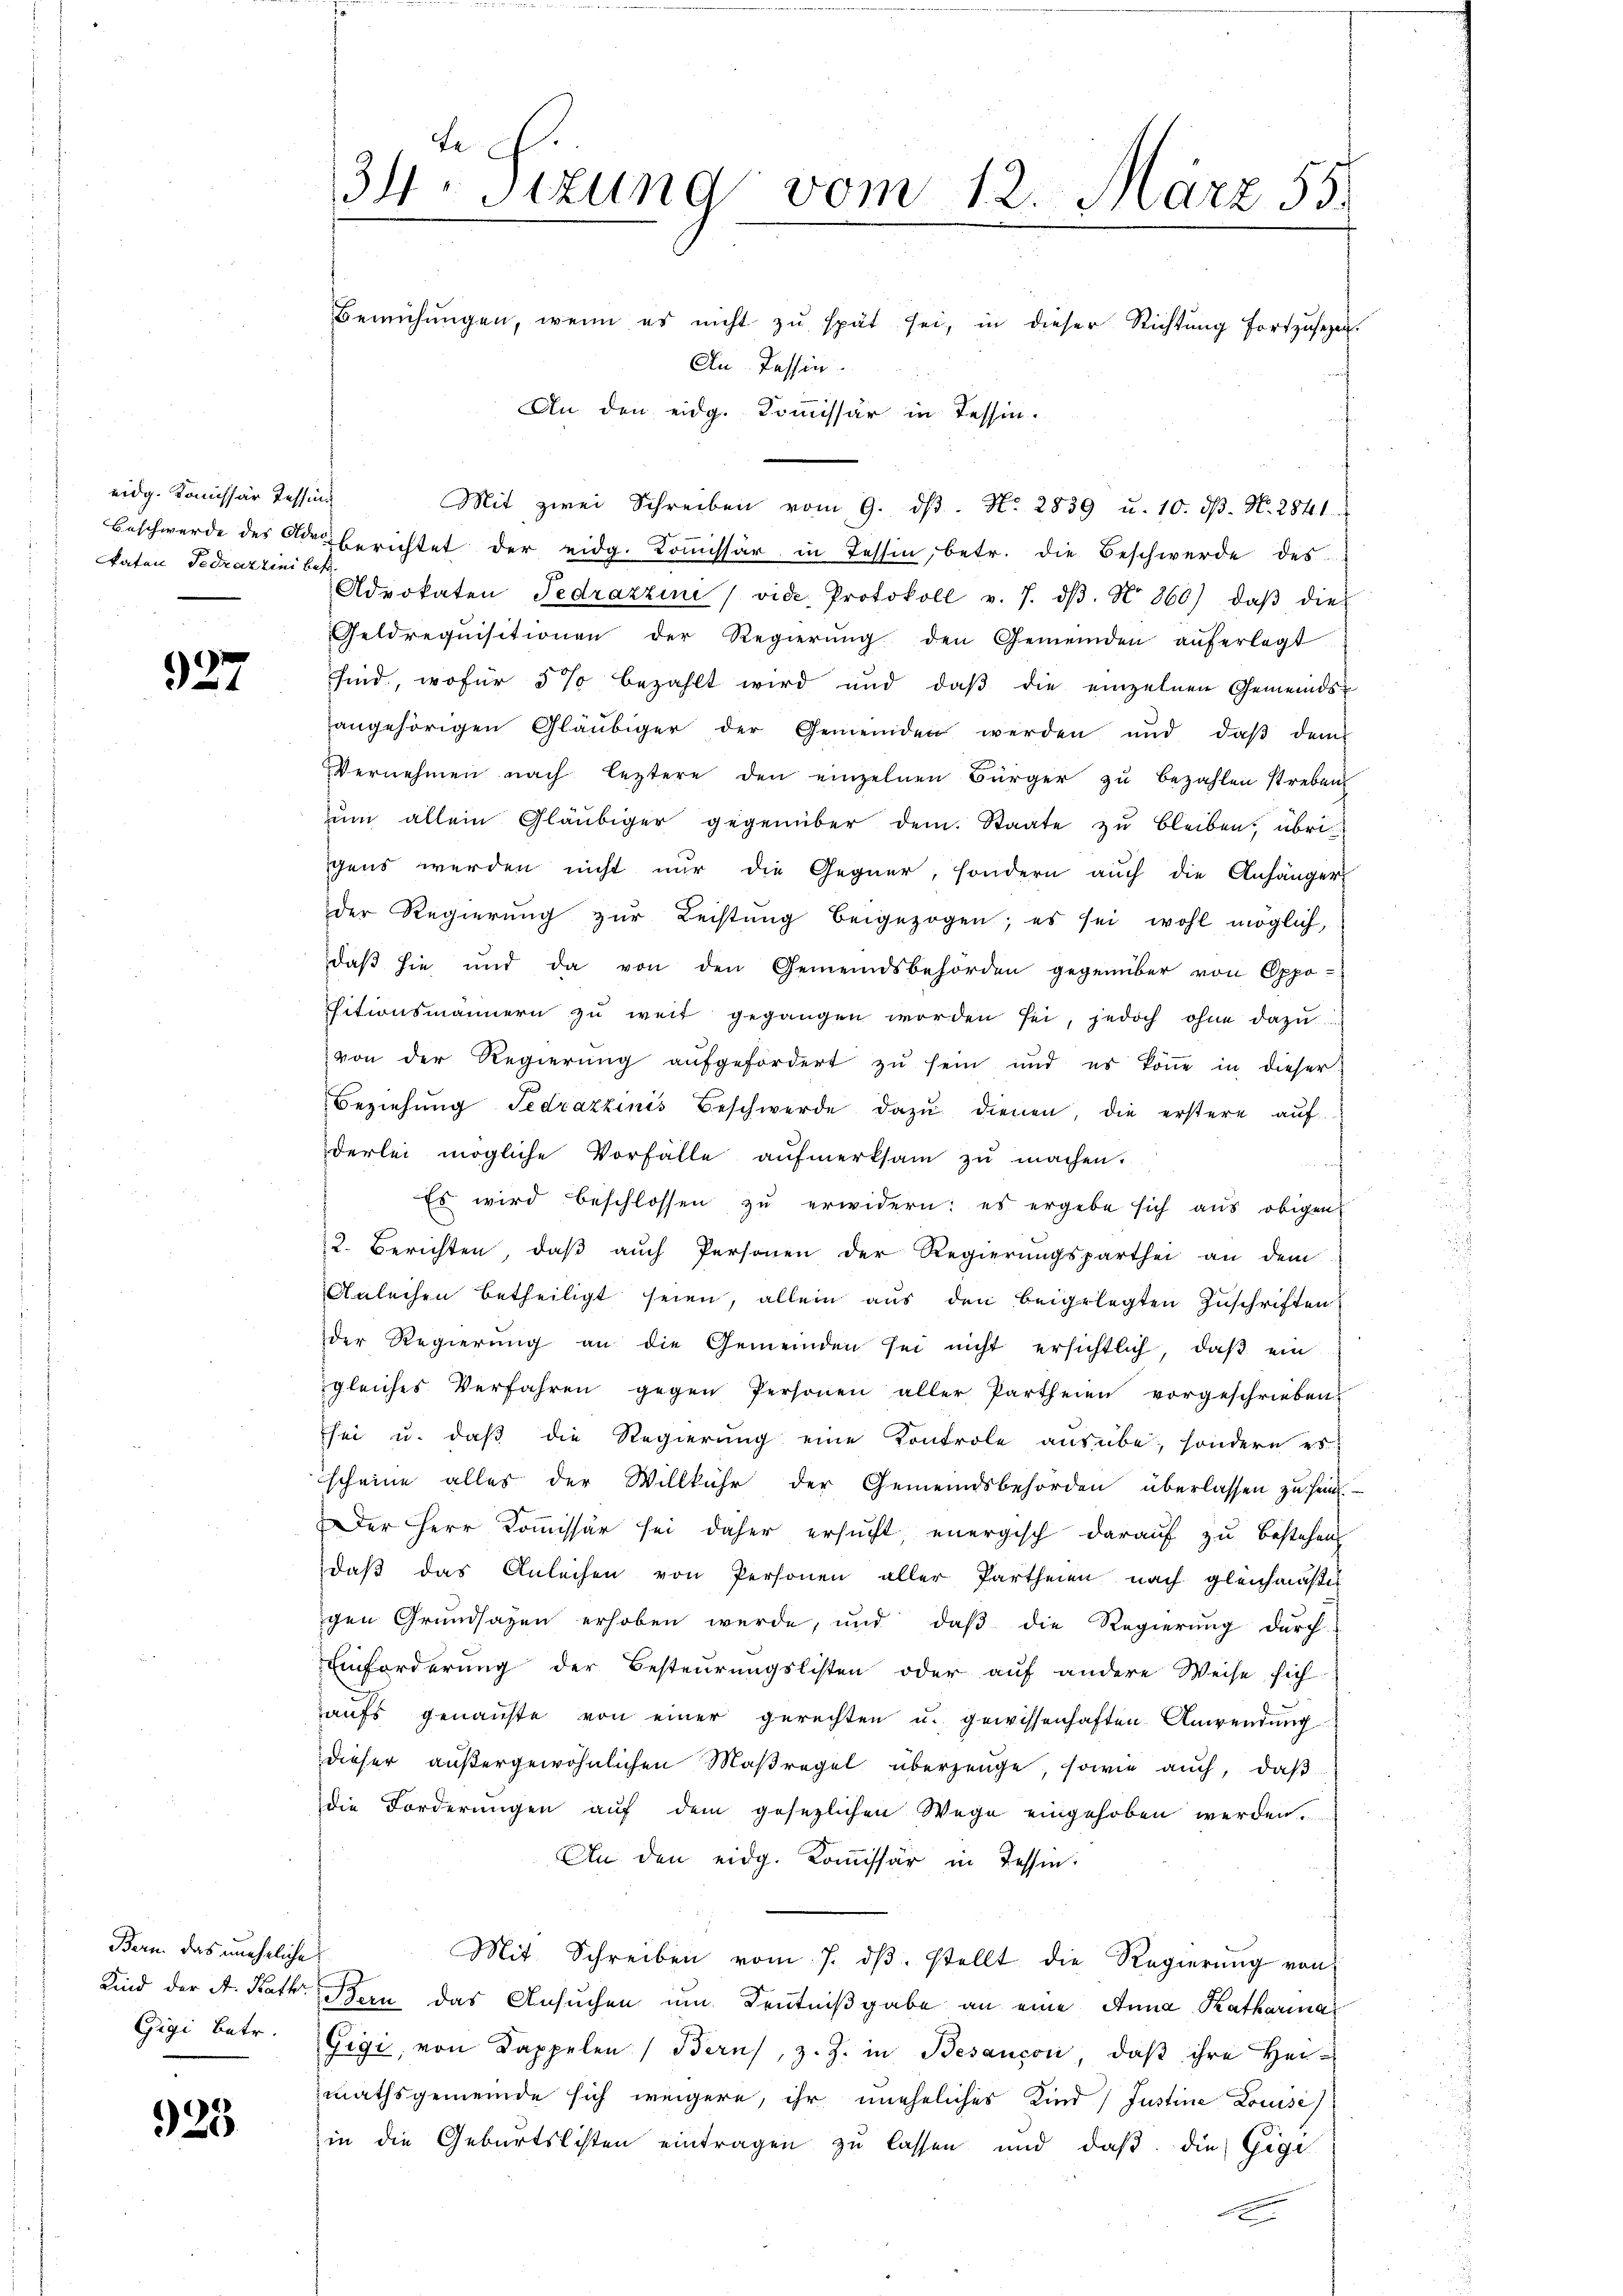
eidg. Komissär Tessin
katen Fedrazzini bes

927

Bern das uneheliche
Gigi betr.

925

te
34 sizung vom 12. März 55.
Bemühŭngen, wenn es nicht zŭ spät sei, in dieser Richtung fortzusehen.
An Tessin.
An den eidg. Kommissär in Tessin.

Mit zwei Schreiben vom 9. dβ. N. 2839 u. 10. dβ. N. 2841.
Beschwerde des Ader berichtet der eidg. Kommissär in Tessin, betr. die Beschwerde des
Advokaten Fedrazzie (vide Protokoll v. 7. dβ. No. 860), daβ die
Geldrequisitionen der Regierŭng den Gemeinden aŭferlegt
sind, wofür 5 % bezahlt wird und daβ die einzelnen Gemeinds-
angehörigen Gläubiger der Gemeinden werden und daβ dem
Vernehmen nach leztere den einzelnen Bürger zŭ bezahlen streben
zum allein Gläubiger gegenüber dem Staate zu bleiben, übri
gens werden nicht nur die Gegner, sondern auch die Anhänger
der Regierung zŭr Leistung beigezogen; es sei wohl möglich,
daß sie und da von den Gemeindsbehörden gegenüber von Oppo-
sitionsmännern zŭ weit gegangen worden sei, jedoch ohne dazŭ
von der Regierŭng aŭfgefördert zŭ sein und es köṅe in dieser
Beziehŭng Tedrazzinis Beschwerde dazŭ dienen, die erstere auf
derlei mögliche Vorfälle aŭfmerksam zŭ machen.
u
Es wird beschlossen zŭ erwidern: es ergebe sich aus obigen
2. Berichten, daβ aŭch Personen der Regierŭngsparthei an dem
Anleihen betheiligt seien, allein aus den beigelegten Zuschriften
der Regierŭng an die Gemeinden sei nicht ersichtlich, daβ ein
gleiches Verfahren gegen Personen aller, Partheien vorgeschrieben.
sei u. daß die Regierung eine Kontrole ausübe, sondern es
scheine alles der Willkühr der Gemeindsbehörden überlassen zu haut.
Der Herr Kommissär sei daher ersucht, energisch darauf zu bestehen
daß das Anleihen von Personen aller Partheien nach gleichmäßig
gen Grundsazen erhoben werde, und daß die Regierung durch
Einforderung der Besteurungslisten oder auf andere Weise sich
aufs genanste von einer gerechten u. gewissenhaften Anwendung
dieser außergewöhnlichen Maßregel überzeuge, sowie auch, daß
die Forderungen auf dem gesezlichen Wege eingehoben werden.
An den eidg. Kommissär in Tessin.
Mit Schreiben vom 7. dβ. stellt die Regierŭng von
Kind der A. Kath. Bern das Ansuchen um Kenntnißgabe an eine Anna Katharina
Gigi, von Kappelen Bern, z. Z. in Besançon, daβ ihre Heimathsgemeinde sich weigere, ihr uneheliches Kind Justine Louise
in die Geburtslisten eintragen zu lassen und daß die Gege
c